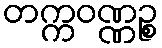
တက္ကဝဏ္ဏဉ္စ